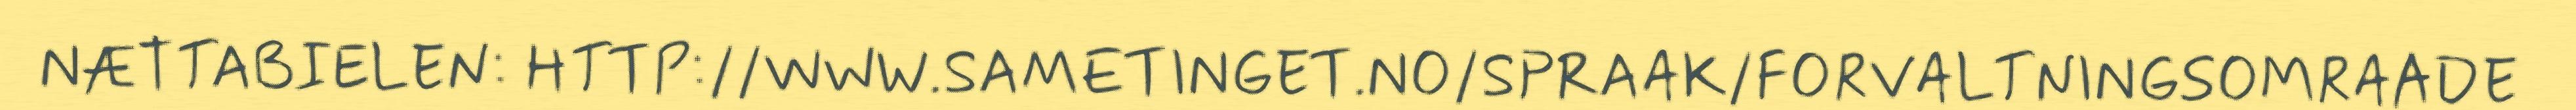
NÆTTABIELEN: HTTP://WWW.SAMETINGET.NO/SPRAAK/FORVALTNINGSOMRAADE